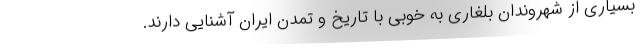
بسیاری از شهروندان بلغاری به خوبی با تاریخ و تمدن ایران آشنایی دارند.